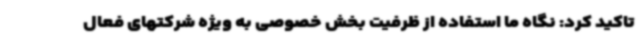
تاکید کرد: نگاه ما استفاده از ظرفیت بخش خصوصی به ویژه شرکتهای فعال